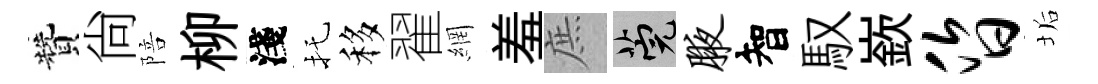
贊尙陪柳淺托移翟網羞庶筦腋智馭嶔昏垢